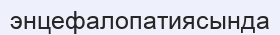
энцефалопатиясында